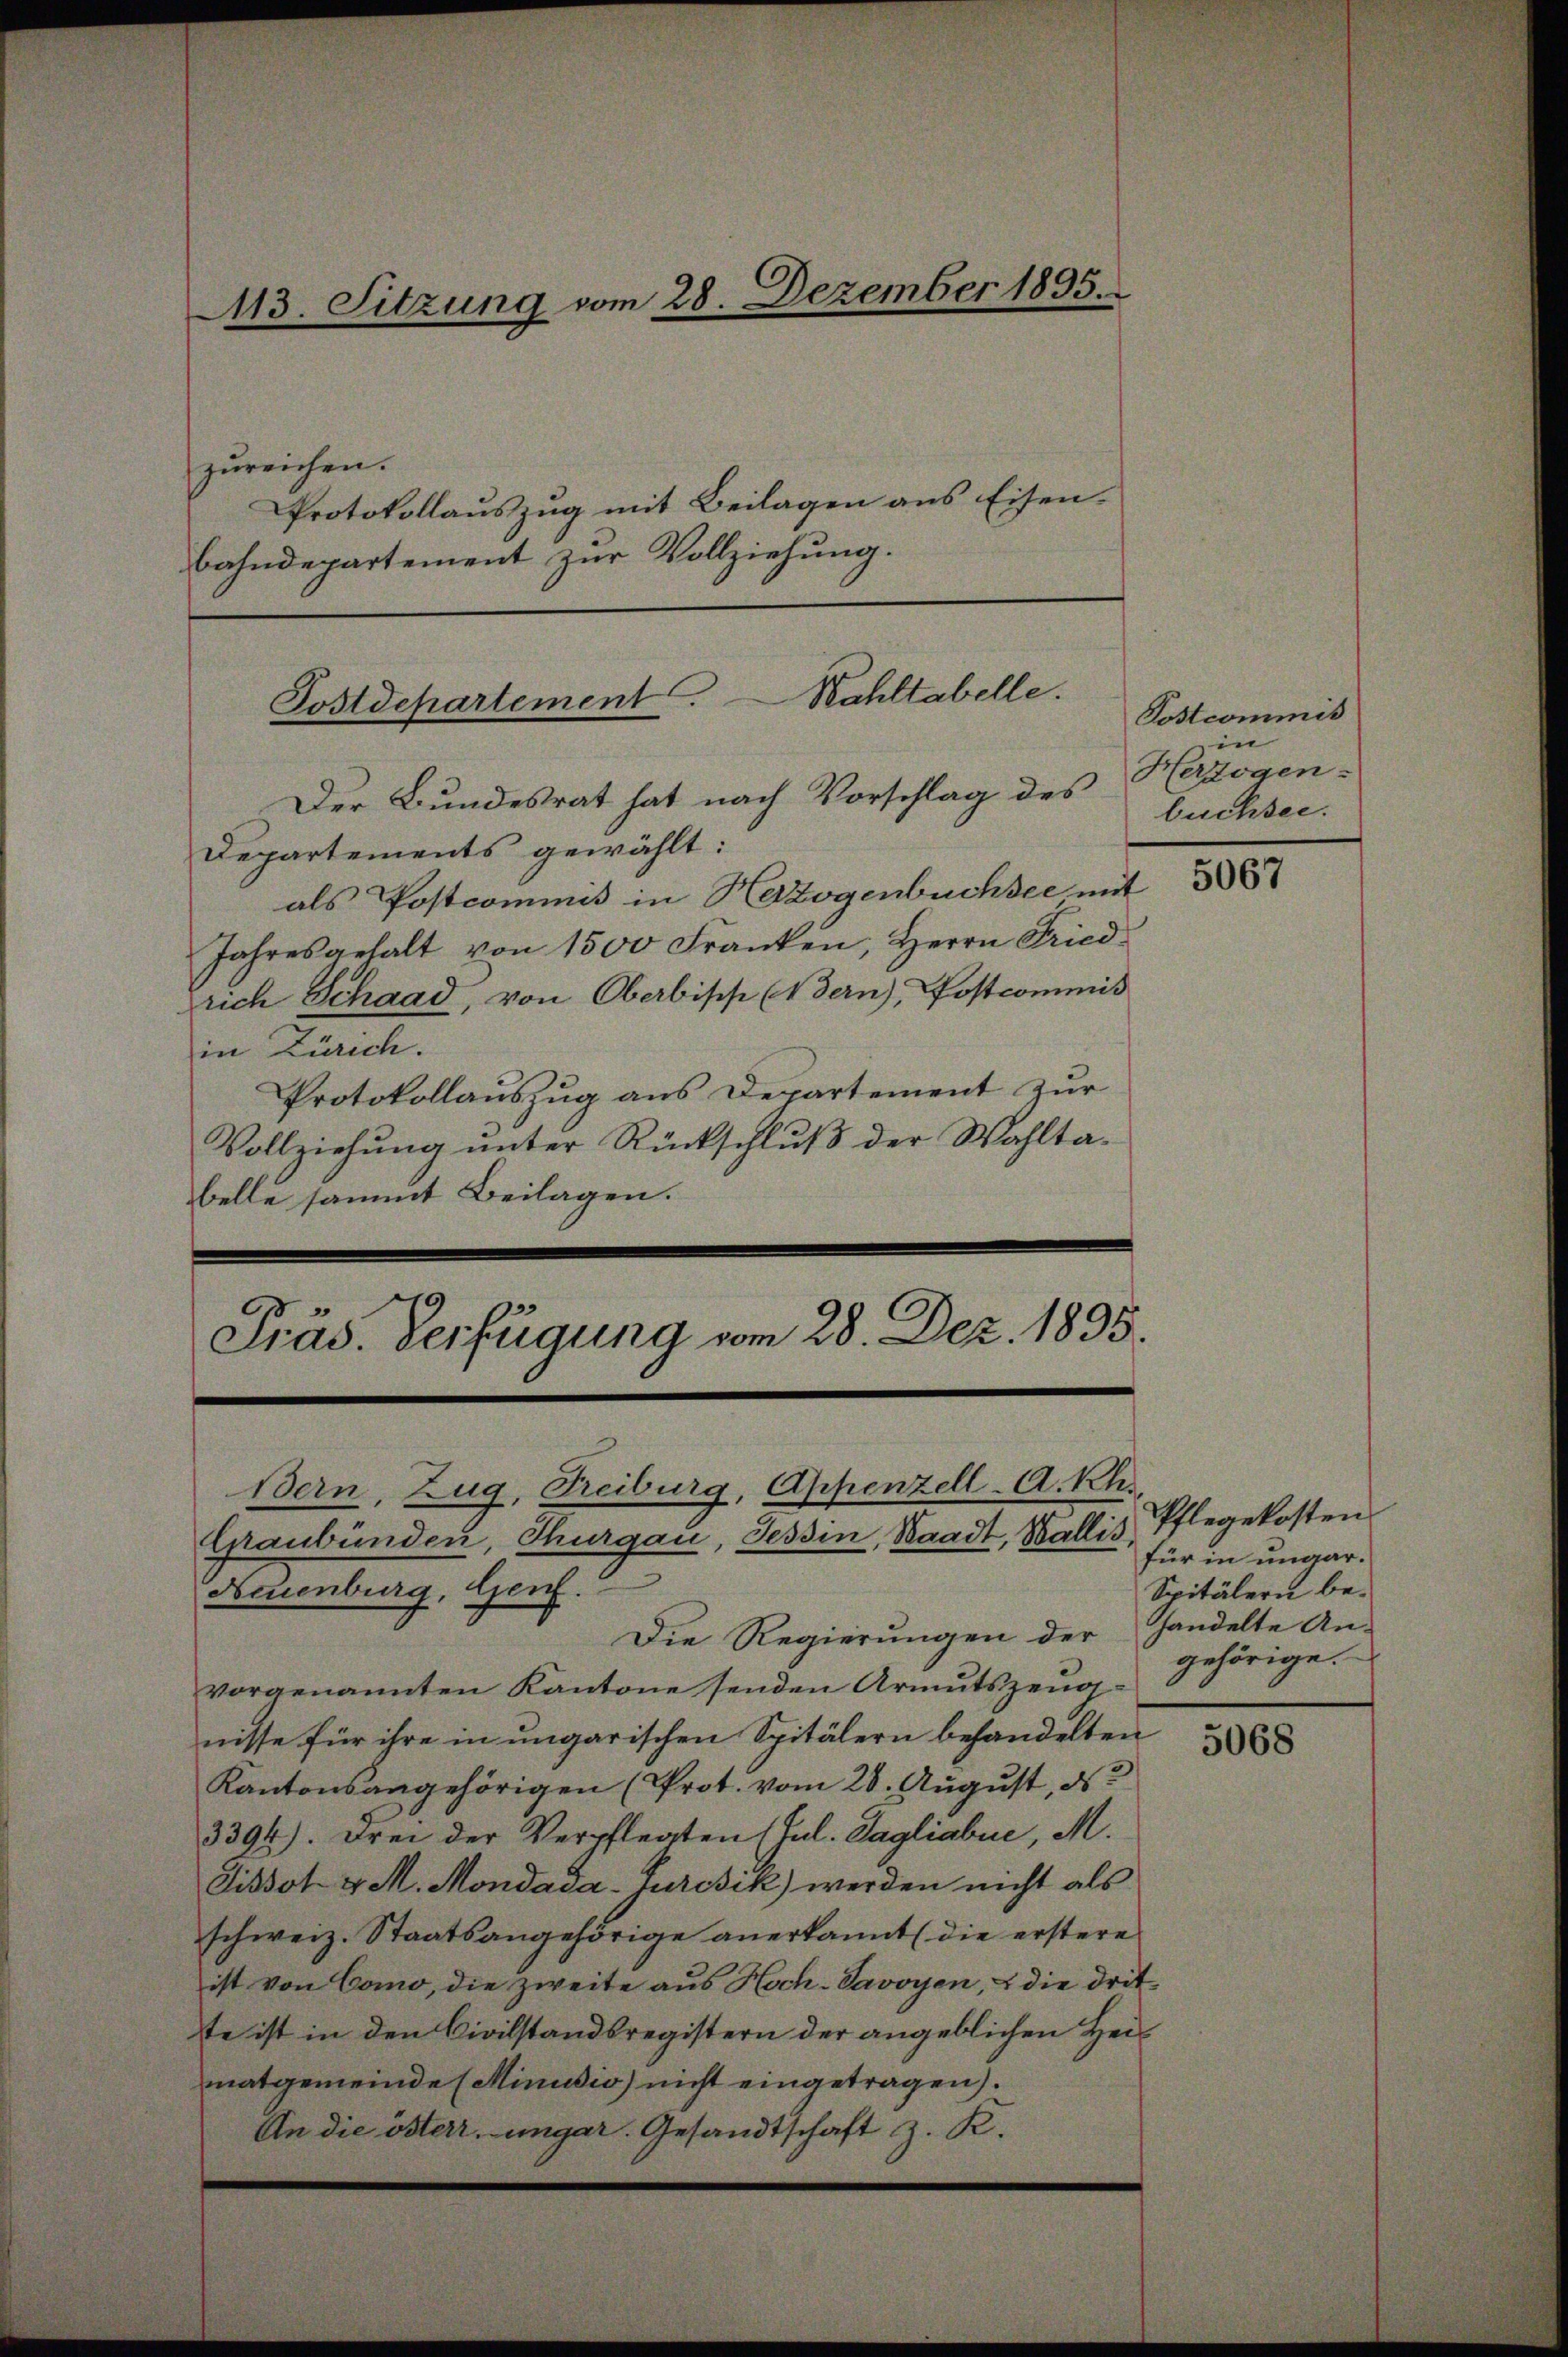
zŭreichen.
Protokollauszug mit Beilagen aus Eisenbahndepartement zur Vollziehung.

113. Sitzung vom 28. Dezember 1895.

Postdepartement. Wahltabelle.

Der Bundesrat hat nach Vorschlag des
Departements gewählt:
als Postcommis in Herzogenbüchsee mit
Jahresgehalt von 1500 Franken, Herrn Fried-
rich Schaad, von Oberbisch (Bern), Postcommis
in Zürich.
Protokollauszug aus Departement zur
Vollziehung unter Rückschluß der Wahltabelle sammt Beilagen.

Präs. Verfügung vom 28. Dez. 1835.
Bern, Zug, Treiburg, Appenzell-A.Rh.
Graubünden, Thurgau, Tessin, Waadt, Wallis Pflegekosten
Neuenburg, Genf.

Die Regierungen der
vorgenannten Kantone senden Armutszeugnisse für ihre in ungarischen Spitälern behandelten
Kantonsangehörigen (Prot. vom 28. August, ds
3394). Drei der Verpflegten (Jul. Tagliabue, M.
Tissot v M. Mondada-Turcsik) werden nicht als
schweiz. Staatsangehörige anerkannt (die erstere
ist von Como, die zweite aus Hoch-Savoyen, & die dritte ist in den Civilstandsregistern der angeblichen Heimatgemeinde (Minusio) nicht eingetragen).
An die österr. ungar. Gesandtschaft z. K.

Postcommis
in
Herzogen.
buchsee.

5067

für in ungar¬
Spitälern behhandelte An-
gehörige.

5068